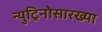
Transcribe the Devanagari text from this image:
न्युट्रिनोसारख्या